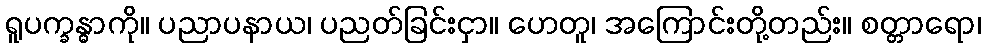
ရူပက္ခန္ဓာကို။ ပညာပနာယ၊ ပညတ်ခြင်းငှာ။ ဟေတူ၊ အကြောင်းတို့တည်း။ စတ္တာရော၊